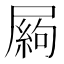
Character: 𡳍